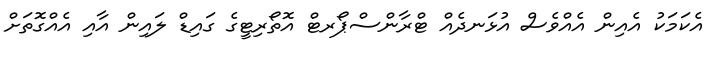
އެކަމަކު އެއިން އެއްވެސް އުޅަނދެއް ޓްރާންސްޕޯރޓް އޮތޯރިޓީގެ ގައިޑް ލައިން އާއި އެއްގޮތަށް